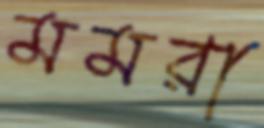
মমরা